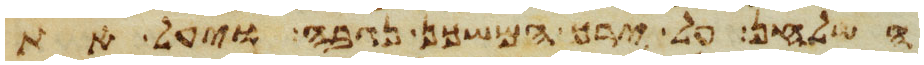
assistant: השלחן על ירך המשכן נגבה ויעל את